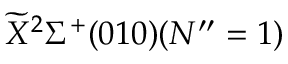
\widetilde { X } ^ { 2 } \Sigma ^ { + } ( 0 1 0 ) ( N ^ { \prime \prime } = 1 )